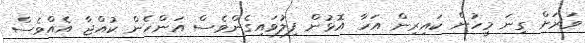
ވަރަށް ގިނަ މީހުން ކައިރިން އަހާ އޮޅުން ފިލުވައިގެންވެސް އަންހެން ކުއްޖާ އެއްވެސް